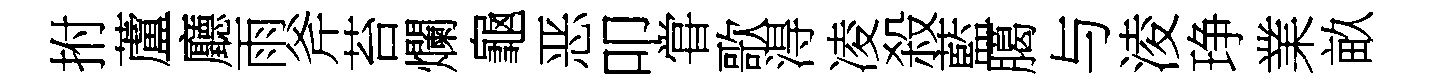
拊蘆廳雨斧苔爛龜恶叩甞歌淂凌殺藍臈与淩琤業畝